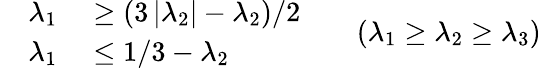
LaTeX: \begin{array}{rl}{\lambda_{1}}&{{}\geq\left(3\left|\lambda_{2}\right|-\lambda_{2}\right)/2}\\ {\quad\lambda_{1}}&{{}\leq 1/3-\lambda_{2}}\end{array}\qquad(\lambda_{1}\geq\lambda_{2}\geq\lambda_{3})